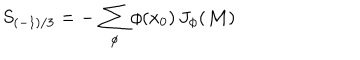
S _ { ( - 1 ) / 3 } = - \, \sum _ { \phi } \phi ( x _ { 0 } ) \, J _ { \phi } ( { \cal M } )